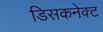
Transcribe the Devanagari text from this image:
डिसकनेक्ट